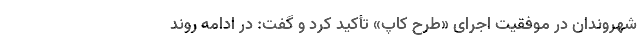
شهروندان در موفقیت اجرای «طرح کاپ» تأکید کرد و گفت: در ادامه روند